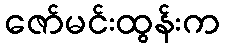
ဇော်မင်းထွန်းက